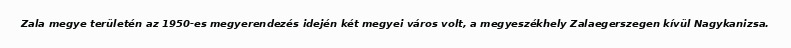
Zala megye területén az 1950-es megyerendezés idején két megyei város volt, a megyeszékhely Zalaegerszegen kívül Nagykanizsa.